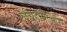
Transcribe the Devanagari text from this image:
रुचिहानिऔर